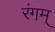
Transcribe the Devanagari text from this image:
रंगम्